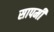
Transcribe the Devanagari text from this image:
सापमी